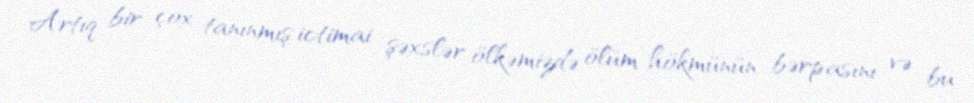
Artıq bir çox tanınmış ictimai şəxslər ölkəmizdə ölüm hökmünün bərpasını və bu